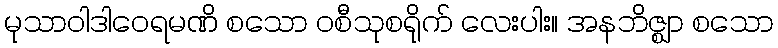
မုသာဝါဒါဝေရမဏိ စသော ဝစီသုစရိုက် လေးပါး။ အနဘိဇ္ဈာ စသော